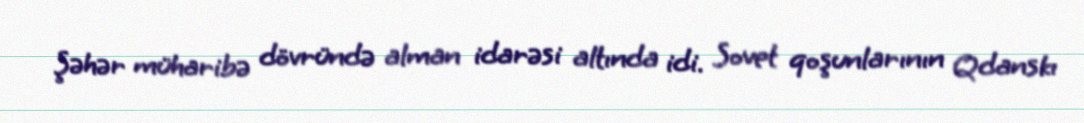
Şəhər müharibə dövründə alman idarəsi altında idi. Sovet qoşunlarının Qdanskı